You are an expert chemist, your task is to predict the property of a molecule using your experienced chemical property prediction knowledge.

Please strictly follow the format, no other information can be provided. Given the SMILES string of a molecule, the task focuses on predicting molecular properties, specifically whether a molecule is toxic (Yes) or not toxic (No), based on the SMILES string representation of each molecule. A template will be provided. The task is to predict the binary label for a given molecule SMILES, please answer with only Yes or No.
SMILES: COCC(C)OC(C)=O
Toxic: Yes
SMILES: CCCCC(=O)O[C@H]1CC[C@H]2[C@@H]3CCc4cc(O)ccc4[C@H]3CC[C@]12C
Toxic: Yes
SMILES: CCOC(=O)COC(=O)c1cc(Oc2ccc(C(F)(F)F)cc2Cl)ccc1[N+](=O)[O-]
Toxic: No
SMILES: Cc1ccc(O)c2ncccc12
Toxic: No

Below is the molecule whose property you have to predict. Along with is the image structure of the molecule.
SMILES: IC(I)I
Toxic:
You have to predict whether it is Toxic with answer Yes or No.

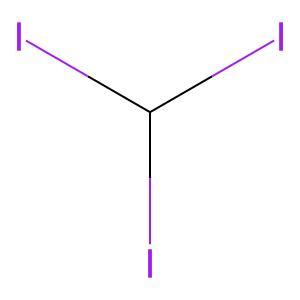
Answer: No